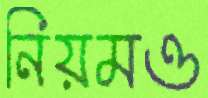
নিয়মও